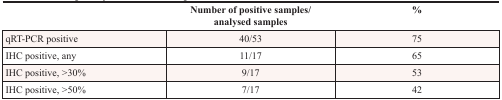
<table><thead><tr><td></td><td><b>Number of positive samples/analysed samples</b></td><td><b>%</b></td></tr></thead><tbody><tr><td>qRT-PCR positive</td><td>40/53</td><td>75</td></tr><tr><td>IHC positive, any</td><td>11/17</td><td>65</td></tr><tr><td>IHC positive, &gt;30%</td><td>9/17</td><td>53</td></tr><tr><td>IHC positive, &gt;50%</td><td>7/17</td><td>42</td></tr></tbody></table>